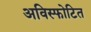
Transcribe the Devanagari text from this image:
अविस्फोटित